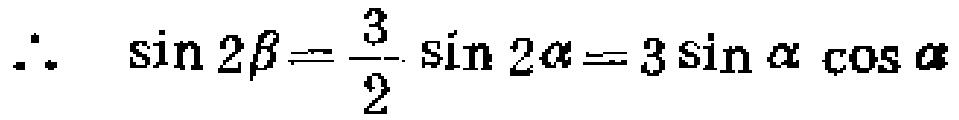
\(\therefore \quad \sin 2\beta=\frac{3}{2} \sin 2\alpha = 3\sin\alpha\cos\alpha\)